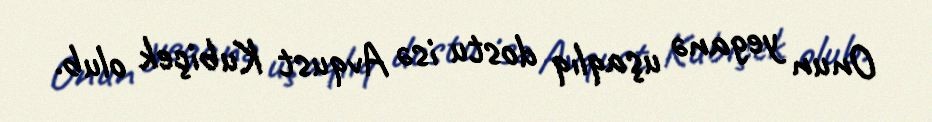
Onun yeganə uşaqlıq dostu isə Avqust Kubiçek olub.